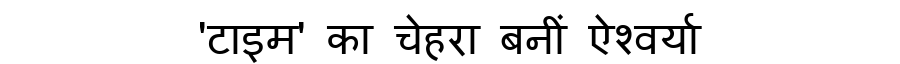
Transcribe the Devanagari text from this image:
'टाइम' का चेहरा बनीं ऐश्वर्या